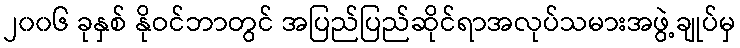
၂၀၀၆ ခုနှစ် နိုဝင်ဘာတွင် အပြည်ပြည်ဆိုင်ရာအလုပ်သမားအဖွဲ့ချုပ်မှ